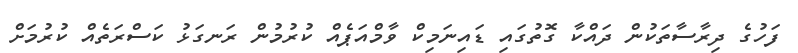
ފަހުގެ ދިރާސާތަކުން ދައްކާ ގޮތުގައި ޑައިނަމިކް ވާމްއަޕެއް ކުރުމުން ރަނގަޅު ކަސްރަތެއް ކުރުމަށް